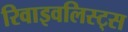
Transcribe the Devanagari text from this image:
रिवाइवलिस्ट्स